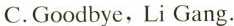
C.Goodbye, Li Gang.